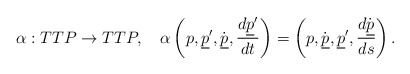
\begin{align*}\alpha:TTP\to TTP,\quad \alpha\left(p,{\underline p}^\prime,\dot{\underline p},{d {\underline p}^\prime\over dt}\right)=\left(p,\dot{\underline p},{\underline p}^\prime, {d \dot{\underline p}\over ds}\right).\end{align*}